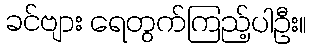
ခင်ဗျား ရေတွက်ကြည့်ပါဦး။